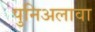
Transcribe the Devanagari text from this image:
पुनिअलावा